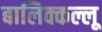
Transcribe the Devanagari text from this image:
बालिक्कल्लू